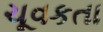
ચૂવકતા